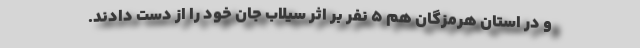
و در استان هرمزگان هم 5 نفر بر اثر سیلاب جان خود را از دست دادند.